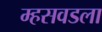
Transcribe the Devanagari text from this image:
म्हसवडला